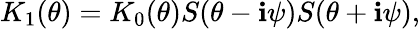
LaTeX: K_{1}(\theta)=K_{0}(\theta)S(\theta-\mathbf{i}\psi)S(\theta+\mathbf{i}\psi),